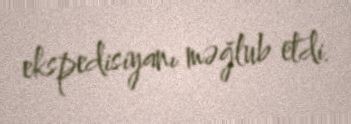
ekspedisiyanı məğlub etdi.